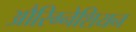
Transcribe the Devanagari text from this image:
औरिग्नेशियन